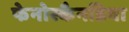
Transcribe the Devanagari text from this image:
फेनोस्कैनडिया